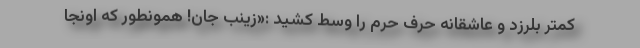
کمتر بلرزد و عاشقانه حرف حرم را وسط کشید :«زینب جان! همونطور که اونجا